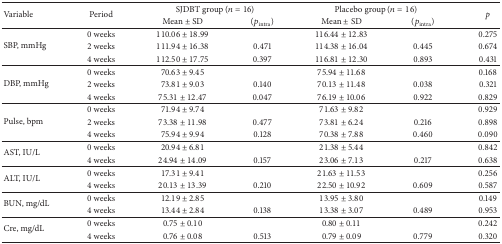
<table><thead><tr><td rowspan="2"><b>Variable</b></td><td rowspan="2"><b>Period</b></td><td colspan="2"><b>SJDBT group (<i>n</i> = 16)</b></td><td colspan="2"><b>Placebo group (<i>n</i> = 16)</b></td><td rowspan="2"><b><i>p</i></b></td></tr><tr><td><b>Mean ± SD</b></td><td><b>(<i>p</i><sub>intra</sub>)</b></td><td><b>Mean ± SD</b></td><td><b>(<i>p</i><sub>intra</sub>)</b></td></tr></thead><tbody><tr><td rowspan="3">SBP, mmHg</td><td>0 weeks</td><td>110.06 ± 18.99</td><td>[EMPTY_CELL]</td><td>116.44 ± 12.83</td><td>[EMPTY_CELL]</td><td>0.275</td></tr><tr><td>2 weeks</td><td>111.94 ± 16.38</td><td>0.471</td><td>114.38 ± 16.04</td><td>0.445</td><td>0.674</td></tr><tr><td>4 weeks</td><td>112.50 ± 17.75</td><td>0.397</td><td>116.81 ± 12.30</td><td>0.893</td><td>0.431</td></tr><tr><td rowspan="3">DBP, mmHg</td><td>0 weeks</td><td>70.63 ± 9.45</td><td>[EMPTY_CELL]</td><td>75.94 ± 11.68</td><td>[EMPTY_CELL]</td><td>0.168</td></tr><tr><td>2 weeks</td><td>73.81 ± 9.03</td><td>0.140</td><td>70.13 ± 11.48</td><td>0.038</td><td>0.321</td></tr><tr><td>4 weeks</td><td>75.31 ± 12.47</td><td>0.047</td><td>76.19 ± 10.06</td><td>0.922</td><td>0.829</td></tr><tr><td rowspan="3">Pulse, bpm</td><td>0 weeks</td><td>71.94 ± 9.74</td><td>[EMPTY_CELL]</td><td>71.63 ± 9.82</td><td>[EMPTY_CELL]</td><td>0.929</td></tr><tr><td>2 weeks</td><td>73.38 ± 11.98</td><td>0.477</td><td>73.81 ± 6.24</td><td>0.216</td><td>0.898</td></tr><tr><td>4 weeks</td><td>75.94 ± 9.94</td><td>0.128</td><td>70.38 ± 7.88</td><td>0.460</td><td>0.090</td></tr><tr><td rowspan="2">AST, IU/L</td><td>0 weeks</td><td>20.94 ± 6.81</td><td>[EMPTY_CELL]</td><td>21.38 ± 5.44</td><td>[EMPTY_CELL]</td><td>0.842</td></tr><tr><td>4 weeks</td><td>24.94 ± 14.09</td><td>0.157</td><td>23.06 ± 7.13</td><td>0.217</td><td>0.638</td></tr><tr><td rowspan="2">ALT, IU/L</td><td>0 weeks</td><td>17.31 ± 9.41</td><td>[EMPTY_CELL]</td><td>21.63 ± 11.53</td><td>[EMPTY_CELL]</td><td>0.256</td></tr><tr><td>4 weeks</td><td>20.13 ± 13.39</td><td>0.210</td><td>22.50 ± 10.92</td><td>0.609</td><td>0.587</td></tr><tr><td rowspan="2">BUN, mg/dL</td><td>0 weeks</td><td>12.19 ± 2.85</td><td>[EMPTY_CELL]</td><td>13.95 ± 3.80</td><td>[EMPTY_CELL]</td><td>0.149</td></tr><tr><td>4 weeks</td><td>13.44 ± 2.84</td><td>0.138</td><td>13.38 ± 3.07</td><td>0.489</td><td>0.953</td></tr><tr><td rowspan="2">Cre, mg/dL</td><td>0 weeks</td><td>0.75 ± 0.10</td><td>[EMPTY_CELL]</td><td>0.80 ± 0.11</td><td>[EMPTY_CELL]</td><td>0.242</td></tr><tr><td>4 weeks</td><td>0.76 ± 0.08</td><td>0.513</td><td>0.79 ± 0.09</td><td>0.779</td><td>0.320</td></tr></tbody></table>